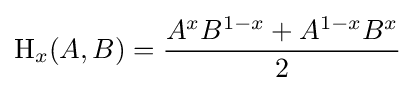
\operatorname {H} _{x}(A,B)={\frac {A^{x}B^{1-x}+A^{1-x}B^{x}}{2}}